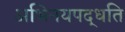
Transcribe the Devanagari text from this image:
अभिनयपद्धति